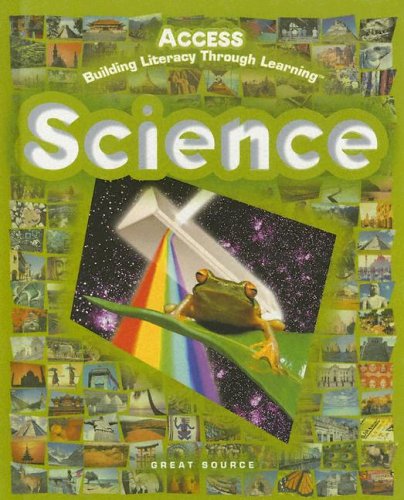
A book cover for Science: Access, Building Literacy Through Learning; GREAT SOURCE; Children's Books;